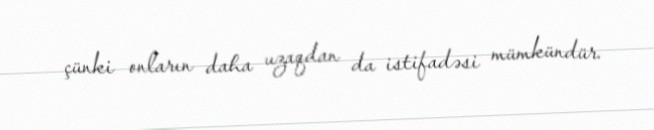
çünki onların daha uzaqdan da istifadəsi mümkündür.